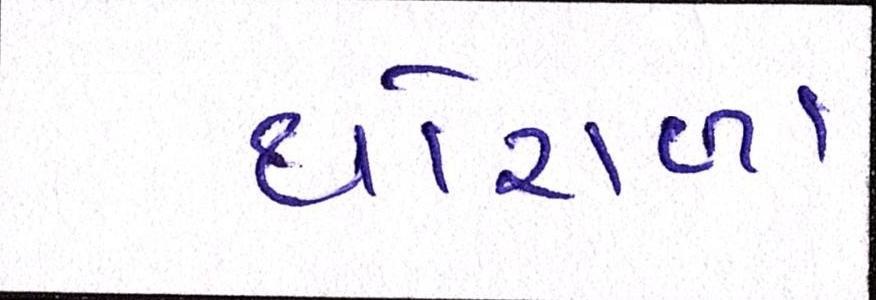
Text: થોરાળા